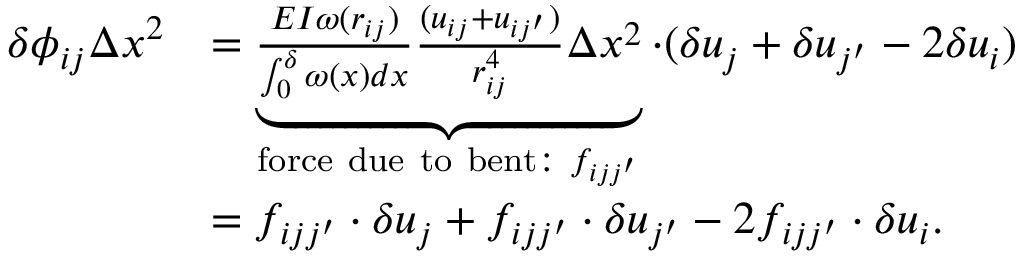
\begin{array} { r l } { \delta \phi _ { i j } \Delta x ^ { 2 } } & { = \underbrace { \frac { E I \omega ( r _ { i j } ) } { \int _ { 0 } ^ { \delta } \omega ( x ) d x } \frac { ( u _ { i j } + u _ { i j ^ { \prime } } ) } { r _ { i j } ^ { 4 } } \Delta x ^ { 2 } } _ { \mathrm { f o r c e ~ d u e ~ t o ~ b e n t : ~ } f _ { i j j ^ { \prime } } } \cdot ( \delta u _ { j } + \delta u _ { j ^ { \prime } } - 2 \delta u _ { i } ) } \\ & { = f _ { i j j ^ { \prime } } \cdot \delta u _ { j } + f _ { i j j ^ { \prime } } \cdot \delta u _ { j ^ { \prime } } - 2 f _ { i j j ^ { \prime } } \cdot \delta u _ { i } . } \end{array}